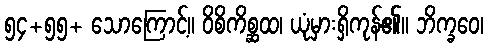
၅၄+၅၅+ သောကြောင့်။ ဝိစိကိစ္ဆထ၊ ယုံမှားရှိကုန်၏။ ဘိက္ခဝေ၊